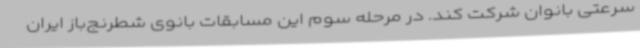
سرعتی بانوان شرکت کند. در مرحله سوم این مسابقات بانوی شطرنج‌باز ایران